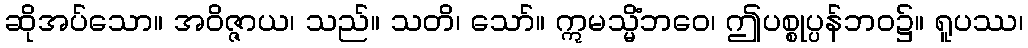
ဆိုအပ်သော။ အဝိဇ္ဇာယ၊ သည်။ သတိ၊ သော်။ ဣမသ္မိံဘဝေ၊ ဤပစ္စုပ္ပန်ဘဝ၌။ ရူပဿ၊